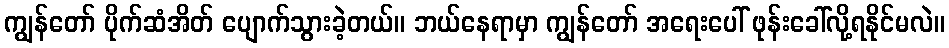
ကျွန်တော် ပိုက်ဆံအိတ် ပျောက်သွားခဲ့တယ်။ ဘယ်နေရာမှာ ကျွန်တော် အရေးပေါ် ဖုန်းခေါ်လို့ရနိုင်မလဲ။